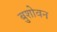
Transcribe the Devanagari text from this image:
बुशोवन